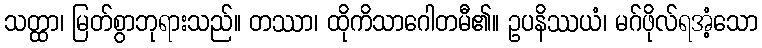
သတ္ထာ၊ မြတ်စွာဘုရားသည်။ တဿာ၊ ထိုကိသာဂေါတမီ၏။ ဥပနိဿယံ၊ မဂ်ဖိုလ်ရအံ့သော